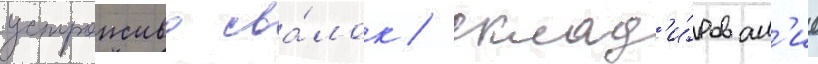
устроиство сва́лок / склад'и́рован'ие